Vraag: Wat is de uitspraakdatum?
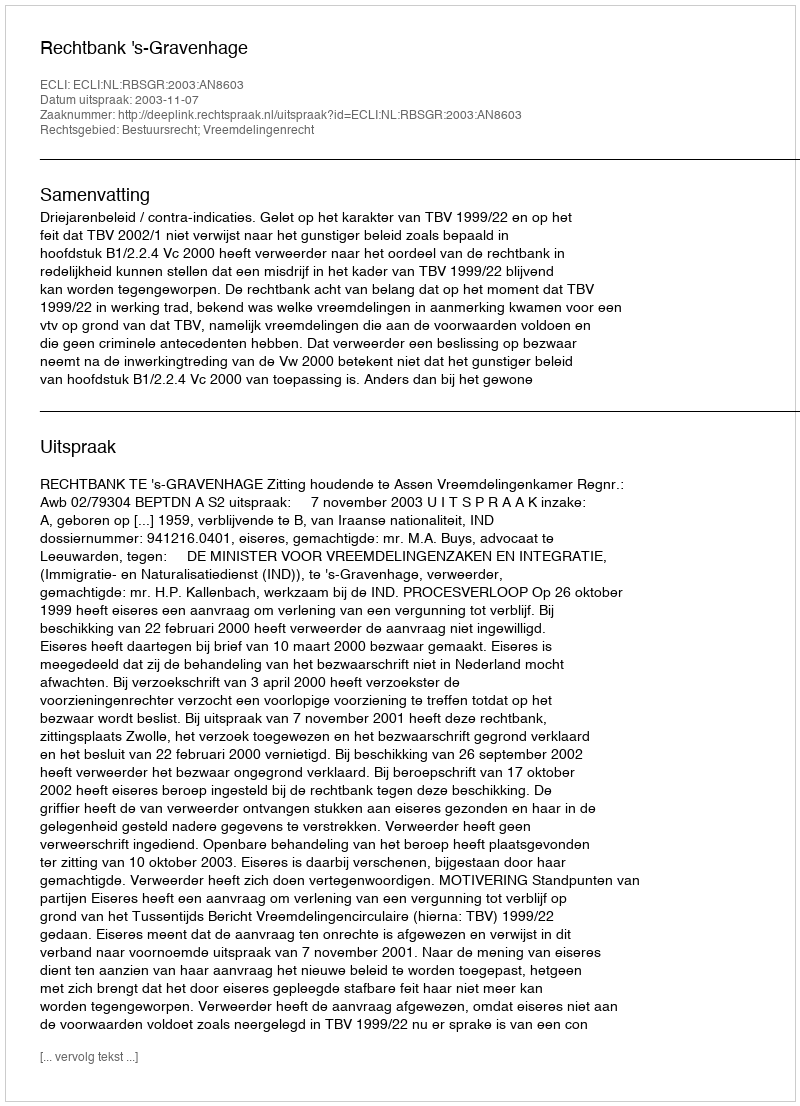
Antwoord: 2003-11-07